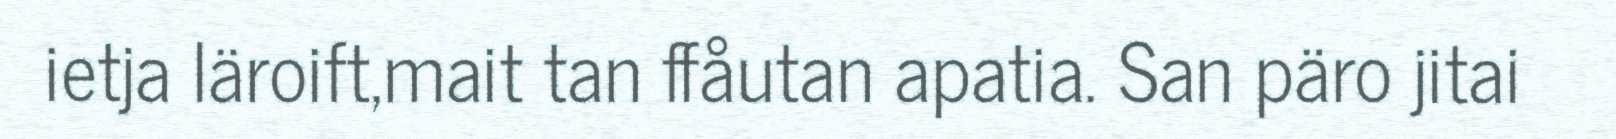
ietja läroift,mait tan ffåutan apatia. San päro jitai